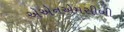
એએનએમસીબી